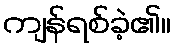
ကျန်ရစ်ခဲ့၏။